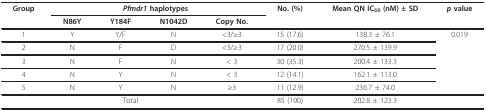
<table><thead><tr><td><b>Group</b></td><td colspan="4"><b><i>Pfmdr1 </i>haplotypes</b></td><td><b>No. (%)</b></td><td><b>Mean QN IC<sub>50 </sub>(nM) ± SD</b></td><td><b><i>p </i>value</b></td></tr><tr><td></td><td><b>N86Y</b></td><td><b>Y184F</b></td><td><b>N1042D</b></td><td><b>Copy No.</b></td><td></td><td></td><td></td></tr></thead><tbody><tr><td>1</td><td>Y</td><td>Y/F</td><td>N</td><td>&lt;3/≥3</td><td>15 (17.6)</td><td>138.3 ± 76.1</td><td>0.019</td></tr><tr><td>2</td><td>N</td><td>F</td><td>D</td><td>&lt;3/≥3</td><td>17 (20.0)</td><td>270.5 ± 139.9</td><td></td></tr><tr><td>3</td><td>N</td><td>F</td><td>N</td><td>&lt; 3</td><td>30 (35.3)</td><td>200.4 ± 133.3</td><td></td></tr><tr><td>4</td><td>N</td><td>Y</td><td>N</td><td>&lt; 3</td><td>12 (14.1)</td><td>162.1 ± 113.0</td><td></td></tr><tr><td>5</td><td>N</td><td>Y</td><td>N</td><td>≥3</td><td>11 (12.9)</td><td>236.7 ± 74.0</td><td></td></tr><tr><td colspan="5">Total</td><td>85 (100)</td><td>202.8 ± 123.3</td><td></td></tr></tbody></table>